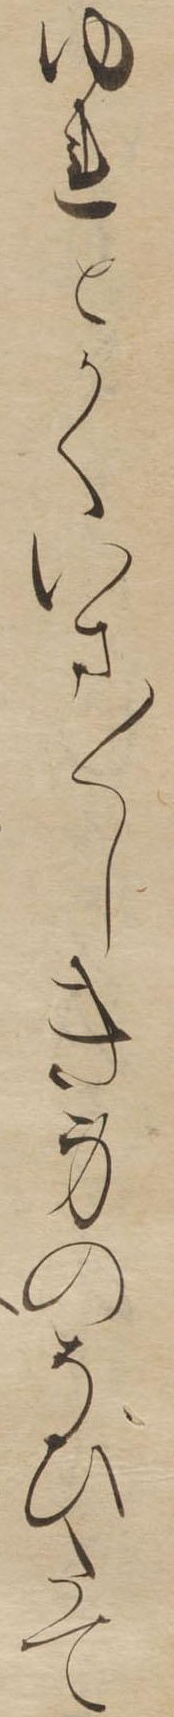
ゆれとかくいま〱しき身のそひたて